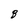
Character: 8